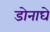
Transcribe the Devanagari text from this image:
डोनाघे